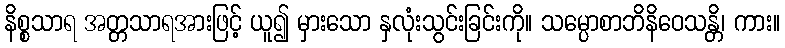
နိစ္စသာရ အတ္တသာရအားဖြင့် ယူ၍ မှားသော နှလုံးသွင်းခြင်းကို။ သမ္ပောစာဘိနိဝေသန္တိ၊ ကား။